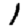
Digit: 1